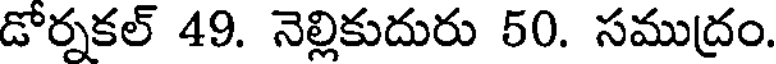
డోర్నకల్ 49. నెల్లికుదురు 50. సముద్రం.